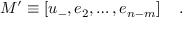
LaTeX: M ^ { \prime } \equiv \left[ u _ { - } , e _ { 2 } , \ldots , e _ { n - m } \right] \quad .